Indian journal of veterinary science and animal husbandry - Volume 2,
Year: 1932
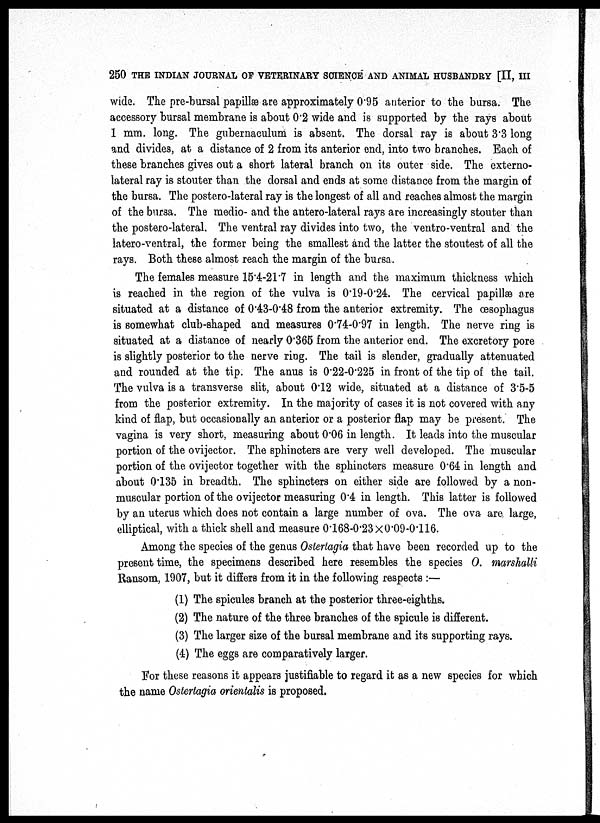
250 THE INDIAN JOURNAL OF VETERINARY SCIENCE AND ANIMAL HUSBANDRY [II, III
wide. The pre-bursal papillæ are approximately 0.95 anterior to the bursa. The
accessory bursal membrane is about 0.2 wide and is supported by the rays about
1 mm. long. The gubernaculum is absent. The dorsal ray is about 3.3 long
and divides, at a distance of 2 from its anterior end, into two branches. Each of
these branches gives out a short lateral branch on its outer side. The externo-
lateral ray is stouter than the dorsal and ends at some distance from the margin of
the bursa. The postero-lateral ray is the longest of all and reaches almost the margin
of the bursa. The medio- and the antero-lateral rays are increasingly stouter than
the postero-lateral. The ventral ray divides into two, the ventro-ventral and the
latero-ventral, the former being the smallest and the latter the stoutest of all the
rays. Both these almost reach the margin of the bursa.
The females measure 15.4-21.7 in length and the maximum thickness which
is reached in the region of the vulva is 0.19-0.24. The cervical papillæ are
situated at a distance of 0.43-0.48 from the anterior extremity. The œsophagus
is somewhat club-shaped and measures 0.74-0.97 in length. The nerve ring is
situated at a distance of nearly 0.365 from the anterior end. The excretory pore
is slightly posterior to the nerve ring. The tail is slender, gradually attenuated
and rounded at the tip. The anus is 0.22-0.225 in front of the tip of the tail.
The vulva is a transverse slit, about 0.12 wide, situated at a distance of 3.5-5
from the posterior extremity. In the majority of cases it is not covered with any
kind of flap, but occasionally an anterior or a posterior flap may be present. The
vagina is very short, measuring about 0.06 in length. It leads into the muscular
portion of the ovijector. The sphincters are very well developed. The muscular
portion of the ovijector together with the sphincters measure 0.64 in length and
about 0.135 in breadth. The sphincters on either side are followed by a non-
muscular portion of the ovijector measuring 0.4 in length. This latter is followed
by an uterus which does not contain a large number of ova. The ova are. large,
elliptical, with a thick shell and measure 0.168-0.23 × 0.09-0.116.
Among the species of the genus Ostertagia that have been recorded up to the
present time, the specimens described here resembles the species O. marshalli
Ransom, 1907, but it differs from it in the following respects :—
(1) The spicules branch at the posterior three-eighths.
(2) The nature of the three branches of the spicule is different.
(3) The larger size of the bursal membrane and its supporting rays.
(4) The eggs are comparatively larger.
For these reasons it appears justifiable to regard it as a new species for which
the name Ostertagia orientalis is proposed.